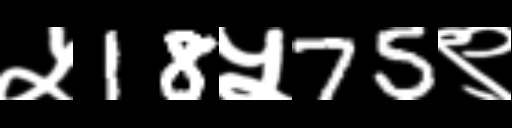
Text: ५18५75९